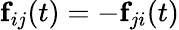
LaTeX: \textbf{f}_{ij}(t)=-\textbf{f}_{ji}(t)